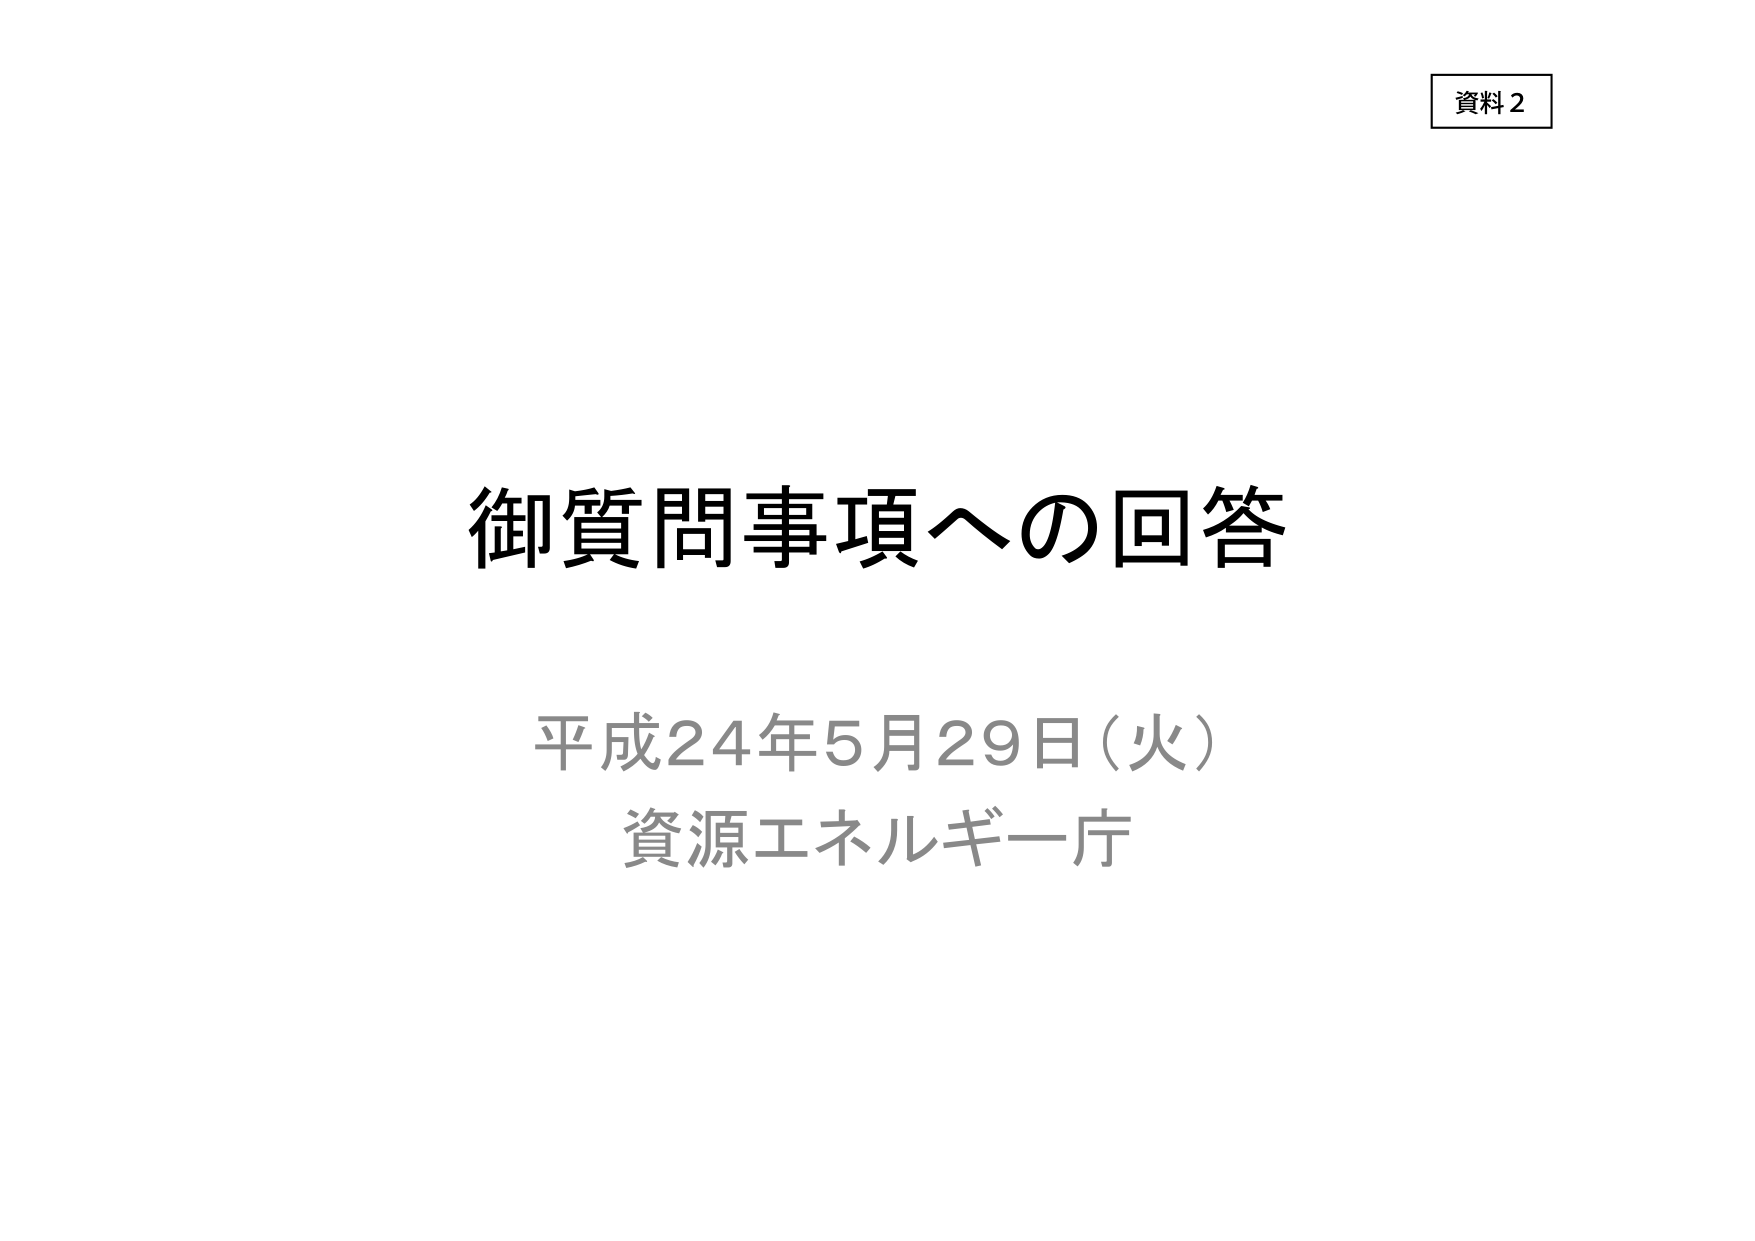
資料2
御質問事項への回答
平成24年5月29日（火）
資源エネルギー庁